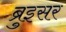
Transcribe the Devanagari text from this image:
ब्रुइसर